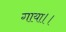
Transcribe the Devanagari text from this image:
गाया।।